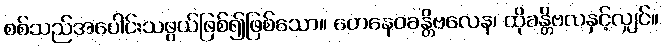
စစ်သည်အပေါင်းသဖွယ်ဖြစ်၍ဖြစ်သော။ တေနေဝခန္တိဗလေန၊ ထိုခန္တိဗလနှင့်လျှင်။